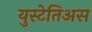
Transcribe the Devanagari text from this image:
युस्टेतिअस